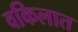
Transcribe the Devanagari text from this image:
वकिलात